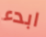
ابدء